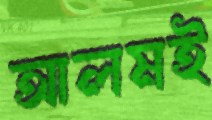
আলমই